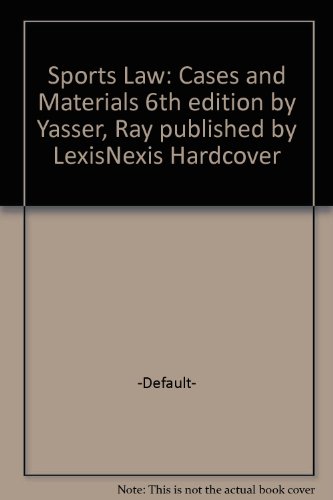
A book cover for Sports Law : Cases and Materials; Ray Yasser; Law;